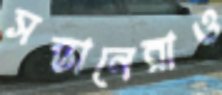
সন্তানেরাও